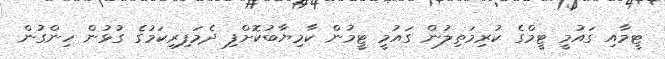
ޓީމާއި ގައުމީ ޓީމްގެ ކުރިމަތިލުން ގައުމީ ޓީމުން ކާމިޔާބުކޮށްފި ދެމަފިރިކަމުގެ ގުޅުން ހިންގުން